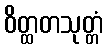
ဝိတ္ထတသုတ္တံ